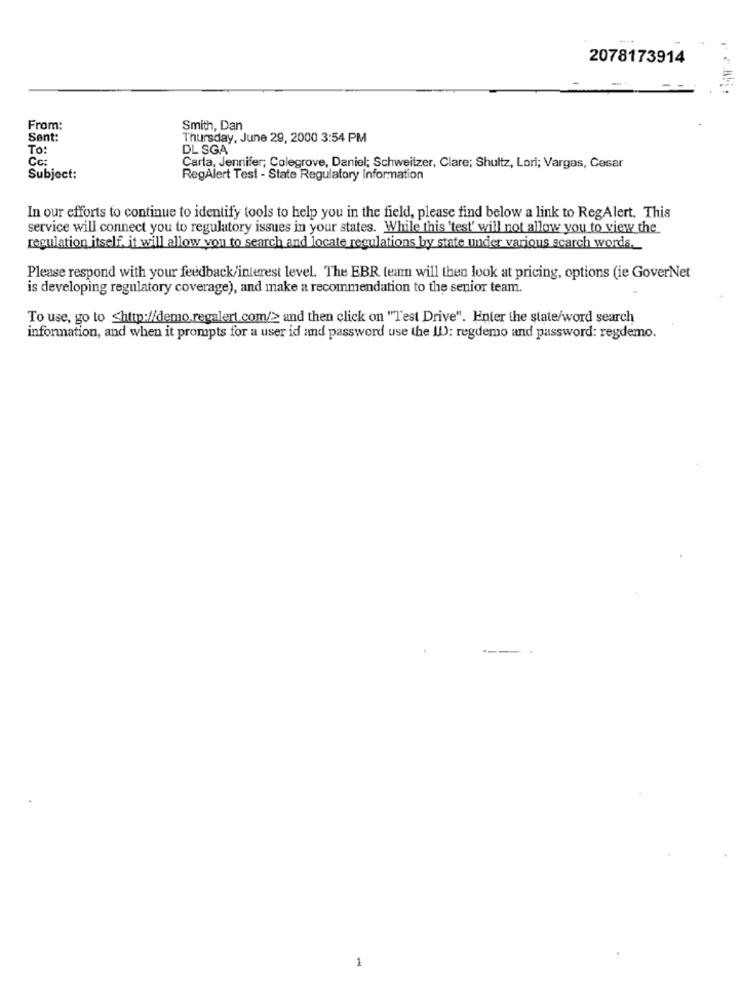
2078173914
From:
Smith, Dan
Sent:
Thursday, June 29, 2000 3:54 PM
To:
DL SGA
Cc:
Carta, Jennifer; Colegrove, Daniel; Schweitzer, Clare; Shultz, Lori; Vargas, Cesar
Subject:
RegAlert Test - State Regulatory Information
In our efforts to continue to identify tools to help you in the field, please find below a link to RegAlert. This
service will connect you to regulatory issues in your states. While this 'test' will not allow you to view the
regulation itself, it will allow you to search and locate regulations by state under various scarch words.
Please respond with your feedback/interest level. The EBR team will then look at pricing, options (ie GoverNet
is developing regulatory coverage), and make a recommendation to the senior team.
To use, go to <http://demo,regalert.com/> and then click on "Test Drive". Enter the state/word search
information, and when it prompts for a user id and password use the ID: regdemo and password: regdemo.
1